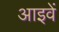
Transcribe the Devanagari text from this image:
आइवें